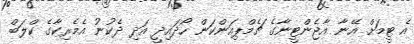
އެ ޓީމަށް އޭނާ އާޖެންޓީނާގެ ޗެމްޕިއަންކަން ހޯދައިދީ އަދި ދެކުނު އެމެރިކާގެ ކްލަބް